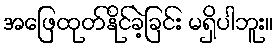
အဖြေထုတ်နိုင်ခဲ့ခြင်း မရှိပါဘူး။